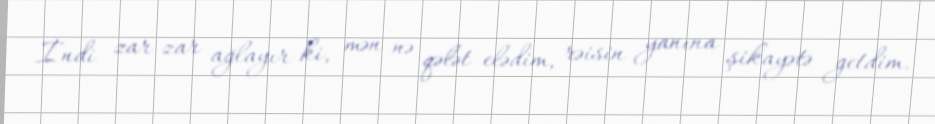
İndi zar-zar ağlayır ki, mən nə qələt elədim, rəisin yanına şikayətə getdim.